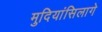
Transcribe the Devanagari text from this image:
मुदियांसिलागे